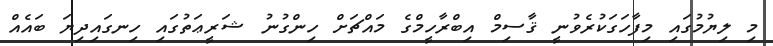
މި ލިޔުމުގައި މިފާހަގަކުރެވުނީ ޤާސިމް އިބްރާހީމްގެ މައްޗަށް ހިންގުނު ޝަރީޢަތުގައި ހިނގައިދިޔަ ބައެއް